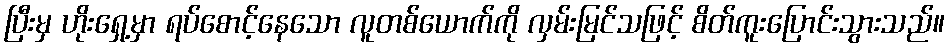
ပြီးမှ ဟိုးရှေ့မှာ ရပ်စောင့်နေသော လူတစ်ယောက်ကို လှမ်းမြင်သဖြင့် စိတ်ကူးပြောင်းသွားသည်။